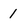
Character: 1